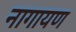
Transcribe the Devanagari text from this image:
नागायण